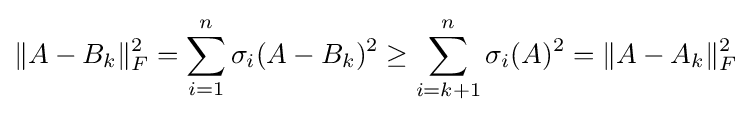
\|A-B_{k}\|_{F}^{2}=\sum _{i=1}^{n}\sigma _{i}(A-B_{k})^{2}\geq \sum _{i=k+1}^{n}\sigma _{i}(A)^{2}=\|A-A_{k}\|_{F}^{2}